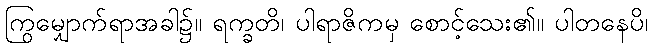
ကြွမျှောက်ရာအခါ၌။ ရက္ခတိ၊ ပါရာဇိကမှ စောင့်သေး၏။ ပါတနေပိ၊